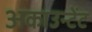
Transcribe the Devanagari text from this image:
अकाउन्टेंट